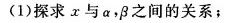
(1)探求x与α，β之间的关系；